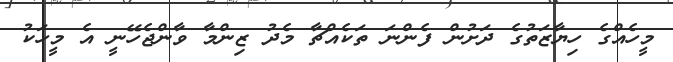
މީހެއްގެ ހިޔާޒަތުގެ ދަށުން ފެންނަ ތަކެއްޗާ މެދު ޒިންމާ ވާންޖެހޭނީ އެ މީހަކު